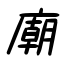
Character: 廟